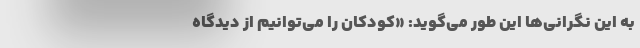
به این نگرانی‌ها این‌ طور می‌گوید: «کودکان را می‌توانیم از دیدگاه